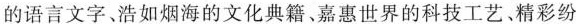
的语言文字浩如烟海的文化典籍、嘉惠世界的科技工艺、精彩纷